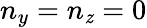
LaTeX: n_{y}=n_{\mathit{z}}=0